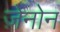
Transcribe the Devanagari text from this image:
ज़ेनोन